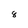
Character: 8